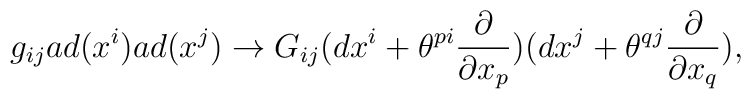
g_{ij}ad(x^i)ad(x^j)\rightarrow G_{ij}(dx^i+\theta^{pi}\frac{\partial}{\partial x_p})(dx^j+\theta^{qj}\frac{\partial}{\partial x_q}),